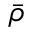
\bar { \rho }